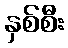
နှစ်စီး